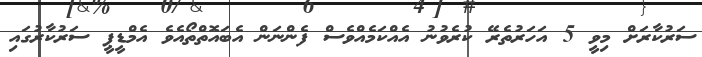
ސަރުކާރަށް މިވީ 5 އަހަރުތެރޭ ކުރެވުނު އެއްކަމެއްވެސް ފެންނަން އެބައޮތްތޯއެވެ އެމްޑީޕީ ސަރުކާރުގައި